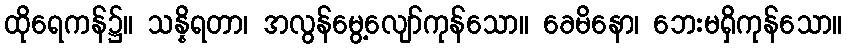
ထိုရေကန်၌။ သန္နိရတာ၊ အလွန်မွေ့လျော်ကုန်သော။ ခေမိနော၊ ဘေးမရှိကုန်သော။